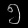
Digit: ၅